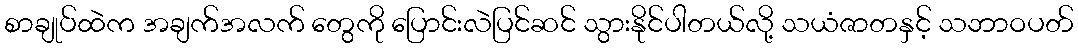
စာချုပ်ထဲက အချက်အလက် တွေကို ပြောင်းလဲပြင်ဆင် သွားနိုင်ပါတယ်လို့ သယံဇာတနှင့် သဘာဝပတ်